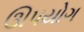
ઊપયોગ